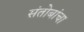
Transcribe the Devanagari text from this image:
संतोबांचा